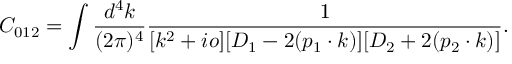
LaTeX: C _ { 0 1 2 } = \int \frac { d ^ { 4 } k } { ( 2 \pi ) ^ { 4 } } \frac { 1 } { [ k ^ { 2 } + i o ] [ D _ { 1 } - 2 ( p _ { 1 } \cdot k ) ] [ D _ { 2 } + 2 ( p _ { 2 } \cdot k ) ] } .